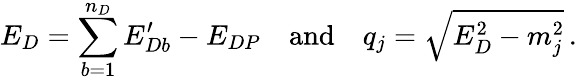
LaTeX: E_{D}=\sum_{b=1}^{n_{D}}E_{Db}^{\prime}-E_{DP}\quad\mathrm{and}\quad q_{j}=\sqrt{E_{D}^{2}-m_{j}^{2}}\, .